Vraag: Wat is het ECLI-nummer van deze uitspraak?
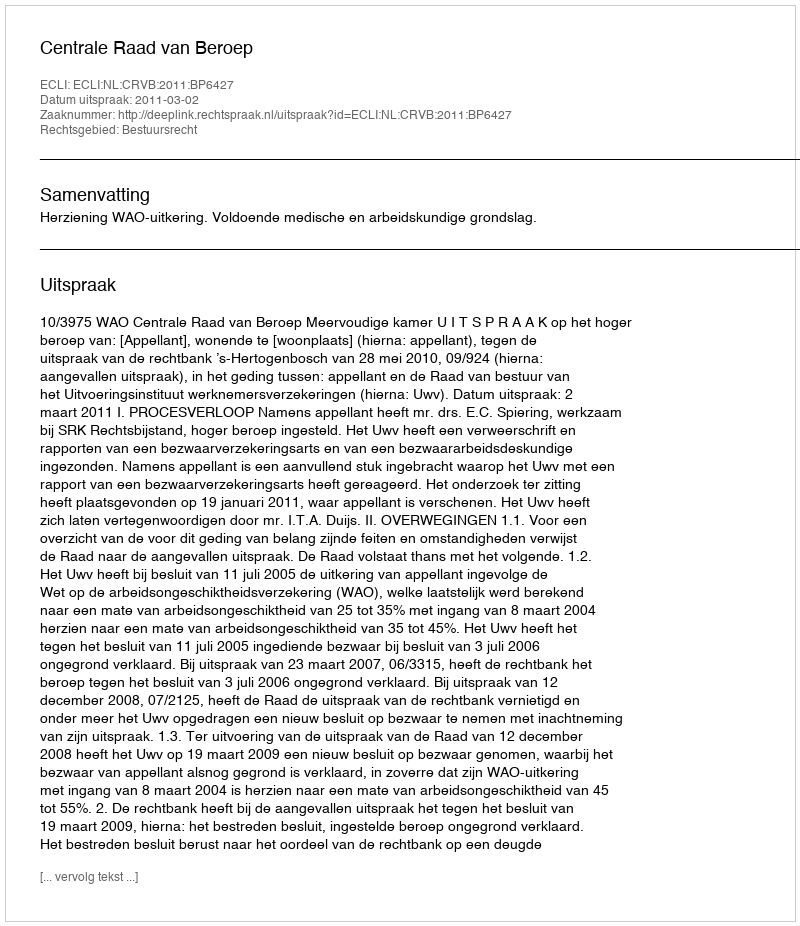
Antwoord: ECLI:NL:CRVB:2011:BP6427